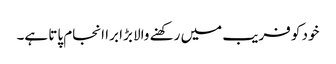
خود کو فریب میں رکھنے والا بڑا برا انجام پاتا ہے۔